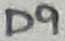
Text: D9